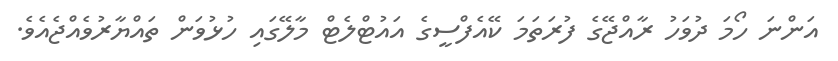
އަންނަ ހޯމަ ދުވަހު ރާއްޖޭގެ ފުރަތަމަ ކޭއެފްސީގެ އައުޓްލެޓް މާލޭގައި ހުޅުވަން ތައްޔާރުވެއްޖެއެވެ.